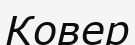
Ковер